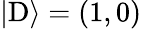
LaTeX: |\mathrm{D}\rangle=(1,0)